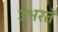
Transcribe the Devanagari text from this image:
उभरतें